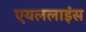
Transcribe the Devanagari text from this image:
एयललाइंस